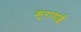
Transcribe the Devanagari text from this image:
कुरावाई